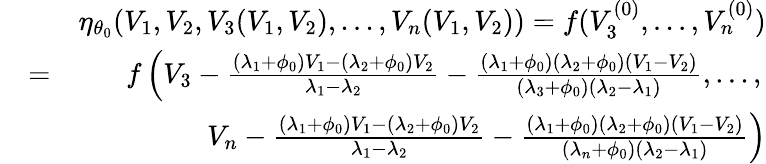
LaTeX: \begin{array}{rlr}&{}&{\eta_{\theta_{0}}(V_{1},V_{2},V_{3}(V_{1},V_{2}),...,V_{n}(V_{1},V_{2}))=f(V_{3}^{(0)},...,V_{n}^{(0)})}\\ &{=}&{f\left(V_{3}-\frac{(\lambda_{1}+\phi_{0})V_{1}-(\lambda_{2}+\phi_{0})V_{2}}{\lambda_{1}-\lambda_{2}}-\frac{(\lambda_{1}+\phi_{0})(\lambda_{2}+\phi_{0})(V_{1}-V_{2})}{(\lambda_{3}+\phi_{0})(\lambda_{2}-\lambda_{1})},...,\right.}\\ &{}&{\left.V_{n}-\frac{(\lambda_{1}+\phi_{0})V_{1}-(\lambda_{2}+\phi_{0})V_{2}}{\lambda_{1}-\lambda_{2}}-\frac{(\lambda_{1}+\phi_{0})(\lambda_{2}+\phi_{0})(V_{1}-V_{2})}{(\lambda_{n}+\phi_{0})(\lambda_{2}-\lambda_{1})}\right)}\end{array}